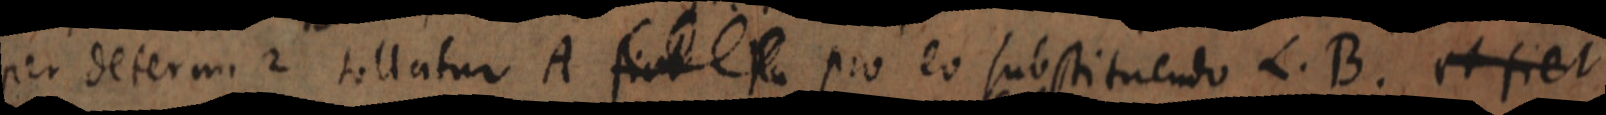
per determi 2 tollatur A fiet _ pro eo substituendo L. B. et fiet